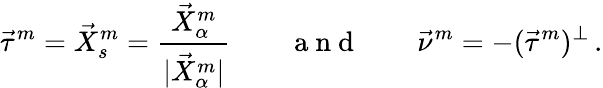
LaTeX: \vec{\tau}^{m}=\vec{X}_{s}^{m}=\frac{\vec{X}_{\alpha}^{m}}{|\vec{X}_{\alpha}^{m}|}\qquad\mathrm{~a~n~d~}\qquad\vec{\nu}^{m}=-(\vec{\tau}^{m})^{\perp}\, .